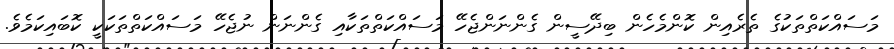
މަސައްކަތްތަކުގެ ތެރެއިން ކޮންމެހެން ބިދޭސީން ގެންނަންޖެހޭ މަސައްކަތްތަކާއި ގެންނަން ނުޖެހޭ މަސައްކަތްތަކަކީ ކޮބައިކަމެވެ.